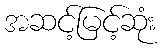
အဆင့်မြင့်ဆုံး